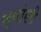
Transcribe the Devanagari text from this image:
त्यांसी